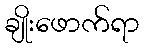
ချိုးဖောက်ရာ